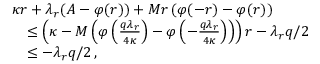
\begin{array} { r l } & { \kappa r + \lambda _ { r } ( A - \varphi ( r ) ) + M r \left( \varphi ( - r ) - \varphi ( r ) \right) } \\ & { \quad \leq \left( \kappa - M \left( \varphi \left( \frac { q \lambda _ { r } } { 4 \kappa } \right) - \varphi \left( - \frac { q \lambda _ { r } } { 4 \kappa } \right) \right) \right) r - \lambda _ { r } q / 2 } \\ & { \quad \leq - \lambda _ { r } q / 2 \, , } \end{array}